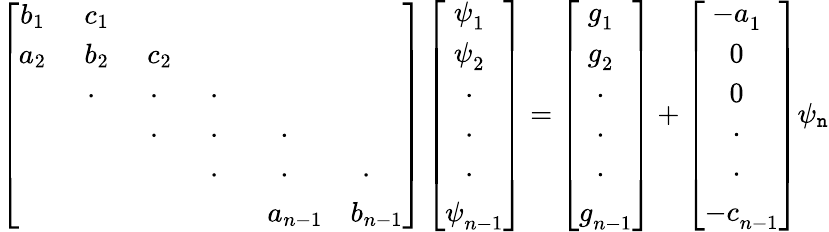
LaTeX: \left[\begin{array}{ccccccc}{b_{1~~}}&{c_{1~~}}&&&&\\ {a_{2~~}}&{b_{2~~}}&{c_{2~~}}&&&\\ &{\cdot{~~~}}&{\cdot{~~~}}&{\cdot{~~~}}&&\\ &&{\cdot{~~~}}&{\cdot{~~~}}&{\cdot{~~~}}&\\ &&&{\cdot{~~~}}&{\cdot{~~~}}&{\cdot{~~~}}\\ &&&&{a_{n-1}}&{b_{n-1}}\end{array}\right]\left[{\begin{array}{c}{\psi_{1~~}^{~}}\\ {\psi_{2~~}^{~}}\\ {~\cdot_{~~~}}\\ {~\cdot_{~~~}}\\ {~\cdot_{~~~}}\\ {\psi_{n-1}^{~}}\end{array}}\right]=\left[{\begin{array}{c}{g_{1~~}^{~}}\\ {g_{2~~}^{~}}\\ {~\cdot_{~~~}}\\ {~\cdot_{~~~}}\\ {~\cdot_{~~~}}\\ {g_{n-1}^{~}}\end{array}}\right]+\left[{\begin{array}{c}{-a_{1~~}^{~}}\\ {~0_{~~~}^{~}}\\ {~0_{~~~}^{~}}\\ {~\cdot_{~~~}}\\ {~\cdot_{~~~}}\\ {-c_{n-1}^{~}}\end{array}}\right]\psi_{\mathtt{n}}